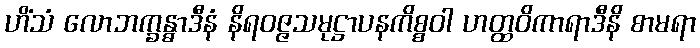
ဟိံသံ လောဘက္ခန္ဓာဒီနံ နိရဝဇ္ဇသမုဋ္ဌာပနကိစ္စဝါ ဟတ္ထဝိကာရာဒီနိ စာမရာ